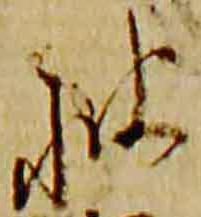
披